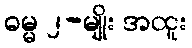
ဓမ္မ ၂-မျိုး အထူး